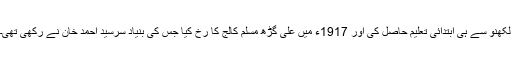
لکھنو سے ہی ابتدائی تعلیم حاصل کی اور 1917ء میں علی گڑھ مسلم کالج کا رخ کیا جس کی بنیاد سرسید احمد خان نے رکھی تھی۔